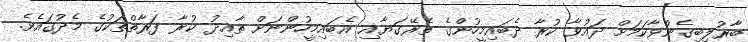
ބާރުލިބިގެންވާކަމަށް ދައުވާ ކުރާ ދެބައިމީހުންގެ ތެރޭގަޔާއި އެބައިމީހުންނަށް ތާއިދު ކުރާ ފަރާތްތަކުގެ މެދުގައެވެ.